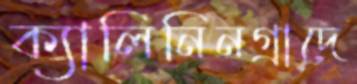
ক্যালিনিনগ্রাদে